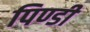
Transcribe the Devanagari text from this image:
पिण्डी